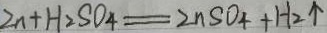
Z n + H _ { 2 } S O _ { 4 } = Z n S O _ { 4 } + H _ { 2 } \uparrow